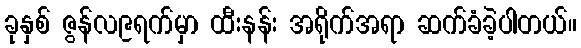
ခုနှစ် ဇွန်လ၉ရက်မှာ ထီးနန်း အရိုက်အရာ ဆက်ခံခဲ့ပါတယ်။